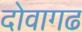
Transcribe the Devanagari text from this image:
दोवागढ